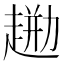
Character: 𧼦